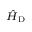
\scriptstyle { { \hat { H } } _ { \mathrm { D } } }